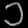
Digit: ၁